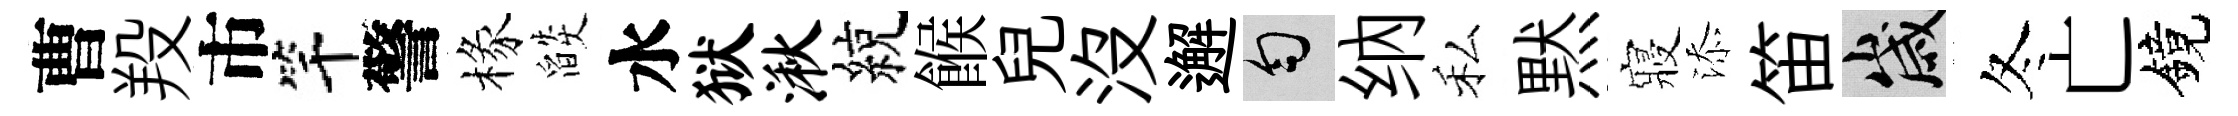
曹羖市竿警椽燄水狱湫綂餱兒没邂匀纳私黙寢添笛歲冬亡鏡